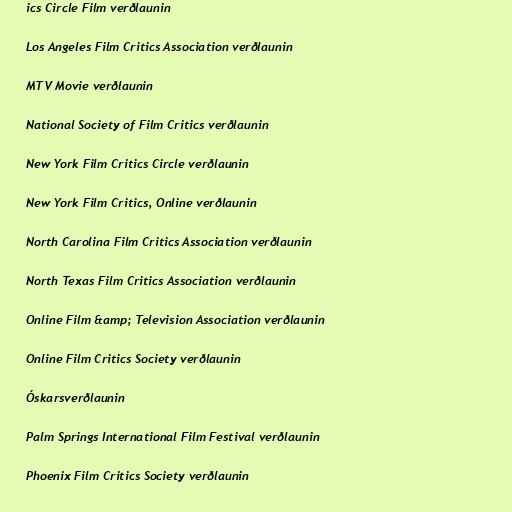
ics Circle Film verðlaunin

Los Angeles Film Critics Association verðlaunin

MTV Movie verðlaunin

National Society of Film Critics verðlaunin

New York Film Critics Circle verðlaunin

New York Film Critics, Online verðlaunin

North Carolina Film Critics Association verðlaunin

North Texas Film Critics Association verðlaunin

Online Film &amp; Television Association verðlaunin

Online Film Critics Society verðlaunin

Óskarsverðlaunin

Palm Springs International Film Festival verðlaunin

Phoenix Film Critics Society verðlaunin